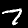
Label: 7